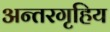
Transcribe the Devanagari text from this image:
अन्तरगृहिय